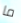
ما